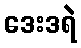
ဒေးဒရဲ